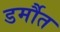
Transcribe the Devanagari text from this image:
डर्मौत